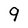
Character: 9